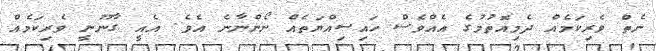
ނެތް ވެރިކަމެއް ދެމިއޮތުމުގެ އެއްވެސް ހައިސިއްޔަތެއް ނޯންނާނެ އެވެ. އެއީ ގާނޫނީ ވެރިކަމެއް